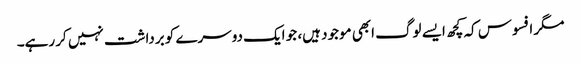
مگر افسوس کہ کچھ ایسے لوگ ابھی موجود ہیں، جو ایک دوسرے کو برداشت نہیں کر رہے۔